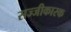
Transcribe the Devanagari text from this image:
सज्जीकारक